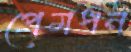
প্রেমধন